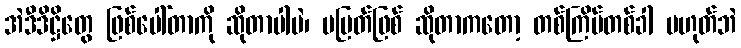
အဲဒီဒိဋ္ဌိတွေ ဖြစ်ပေါ်တာကို ဆိုတာပါပဲ၊ မပြတ်ဖြစ် ဆိုတာကတော့ တစ်ကြိမ်တစ်ခါ မဟုတ်ဘဲ